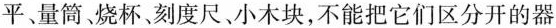
平、量筒。烧杯、刻度尺、小木块，不能把它们区分开的器